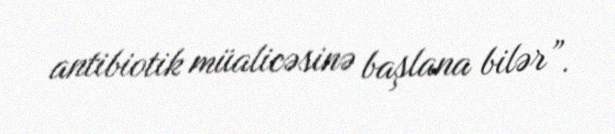
antibiotik müalicəsinə başlana bilər”.